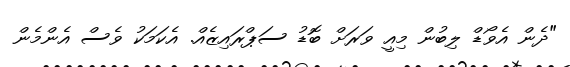
"ދެން އެވޯޑް ލިބުން މިއީ ވަރަށް ބޮޑު ސަޕްރައިޒެއް. އެކަމަކު ވެސް އެންމެން